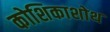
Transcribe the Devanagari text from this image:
कोशिकाशोथ